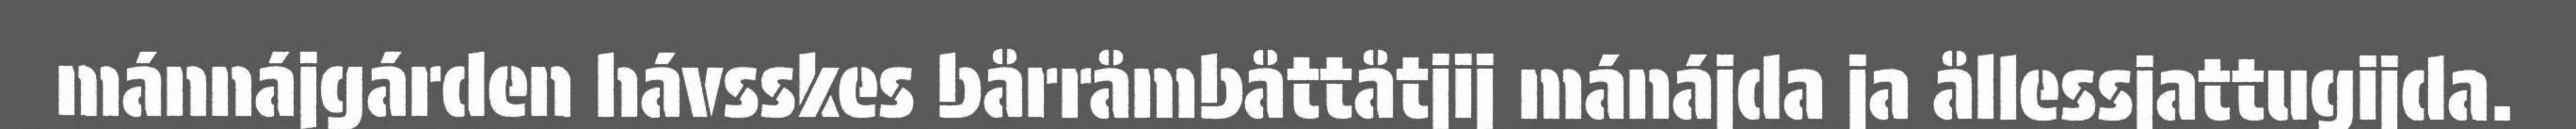
mánnájgárden hávsskes bårråmbåttåtjij mánájda ja ållessjattugijda.